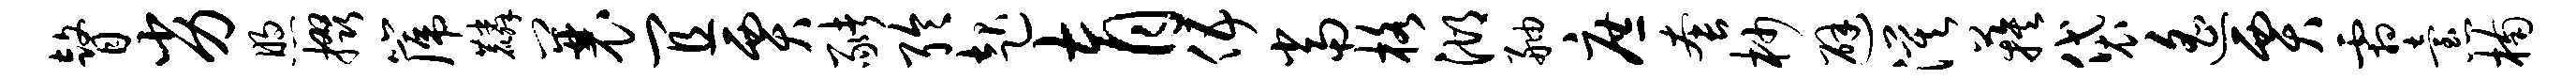
瞽劣煦掇篪麟曩宜贾猪聆起育伍当格湖舳庶套杪避漠蔟袋遥贾霜怠楠